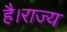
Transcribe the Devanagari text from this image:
है।राज्य